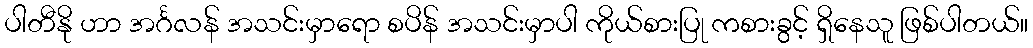
ပါတီနို ဟာ အင်္ဂလန် အသင်းမှာရော စပိန် အသင်းမှာပါ ကိုယ်စားပြု ကစားခွင့် ရှိနေသူ ဖြစ်ပါတယ်။